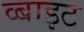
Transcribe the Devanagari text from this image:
व्बाइट